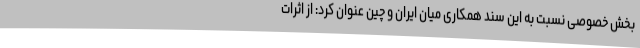
بخش خصوصی نسبت به این سند همکاری میان ایران و چین عنوان کرد: از اثرات